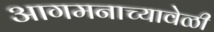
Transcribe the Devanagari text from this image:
आगमनाच्यावेळी